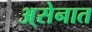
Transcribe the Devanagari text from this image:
अ्सेनात